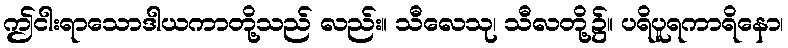
ဤငါးရာသောဒါယကာတို့သည် လည်း။ သီလေသု၊ သီလတို့၌။ ပရိပူရကာရိနော၊